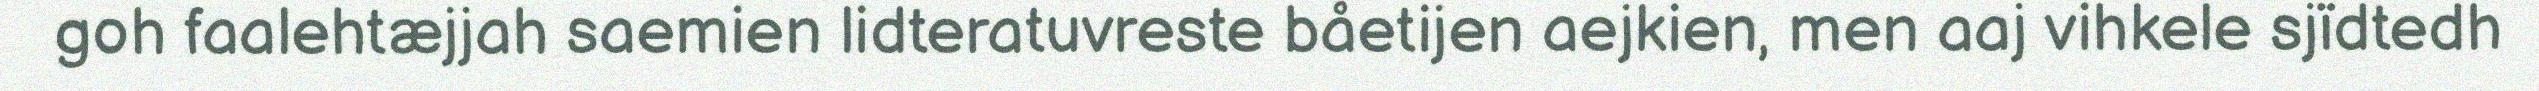
goh faalehtæjjah saemien lidteratuvreste båetijen aejkien, men aaj vihkele sjïdtedh